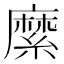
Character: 縻